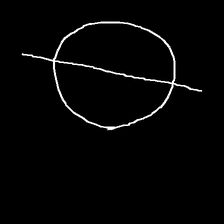
Glyph: orb